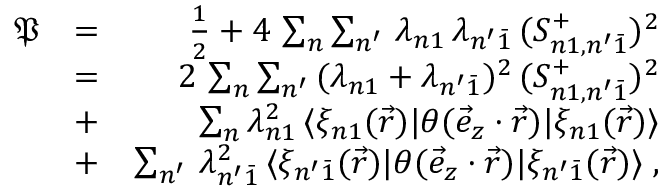
\begin{array} { r l r } { \mathfrak { P } } & { = } & { \frac { 1 } { 2 } + 4 \, \sum _ { n } \sum _ { n ^ { \prime } } \, \lambda _ { n 1 } \, \lambda _ { n ^ { \prime } \bar { 1 } } \, ( S _ { n 1 , n ^ { \prime } \bar { 1 } } ^ { + } ) ^ { 2 } } \\ & { = } & { 2 \, \sum _ { n } \sum _ { n ^ { \prime } } \, ( \lambda _ { n 1 } + \lambda _ { n ^ { \prime } \bar { 1 } } ) ^ { 2 } \, ( S _ { n 1 , n ^ { \prime } \bar { 1 } } ^ { + } ) ^ { 2 } } \\ & { + } & { \sum _ { n } \lambda _ { n 1 } ^ { 2 } \, \langle \xi _ { n 1 } ( \vec { r } ) | \theta ( \vec { e } _ { z } \cdot \vec { r } ) | \xi _ { n 1 } ( \vec { r } ) \rangle } \\ & { + } & { \sum _ { n ^ { \prime } } \, \lambda _ { n ^ { \prime } \bar { 1 } } ^ { 2 } \, \langle \xi _ { n ^ { \prime } \bar { 1 } } ( \vec { r } ) | \theta ( \vec { e } _ { z } \cdot \vec { r } ) | \xi _ { n ^ { \prime } \bar { 1 } } ( \vec { r } ) \rangle \; , } \end{array}